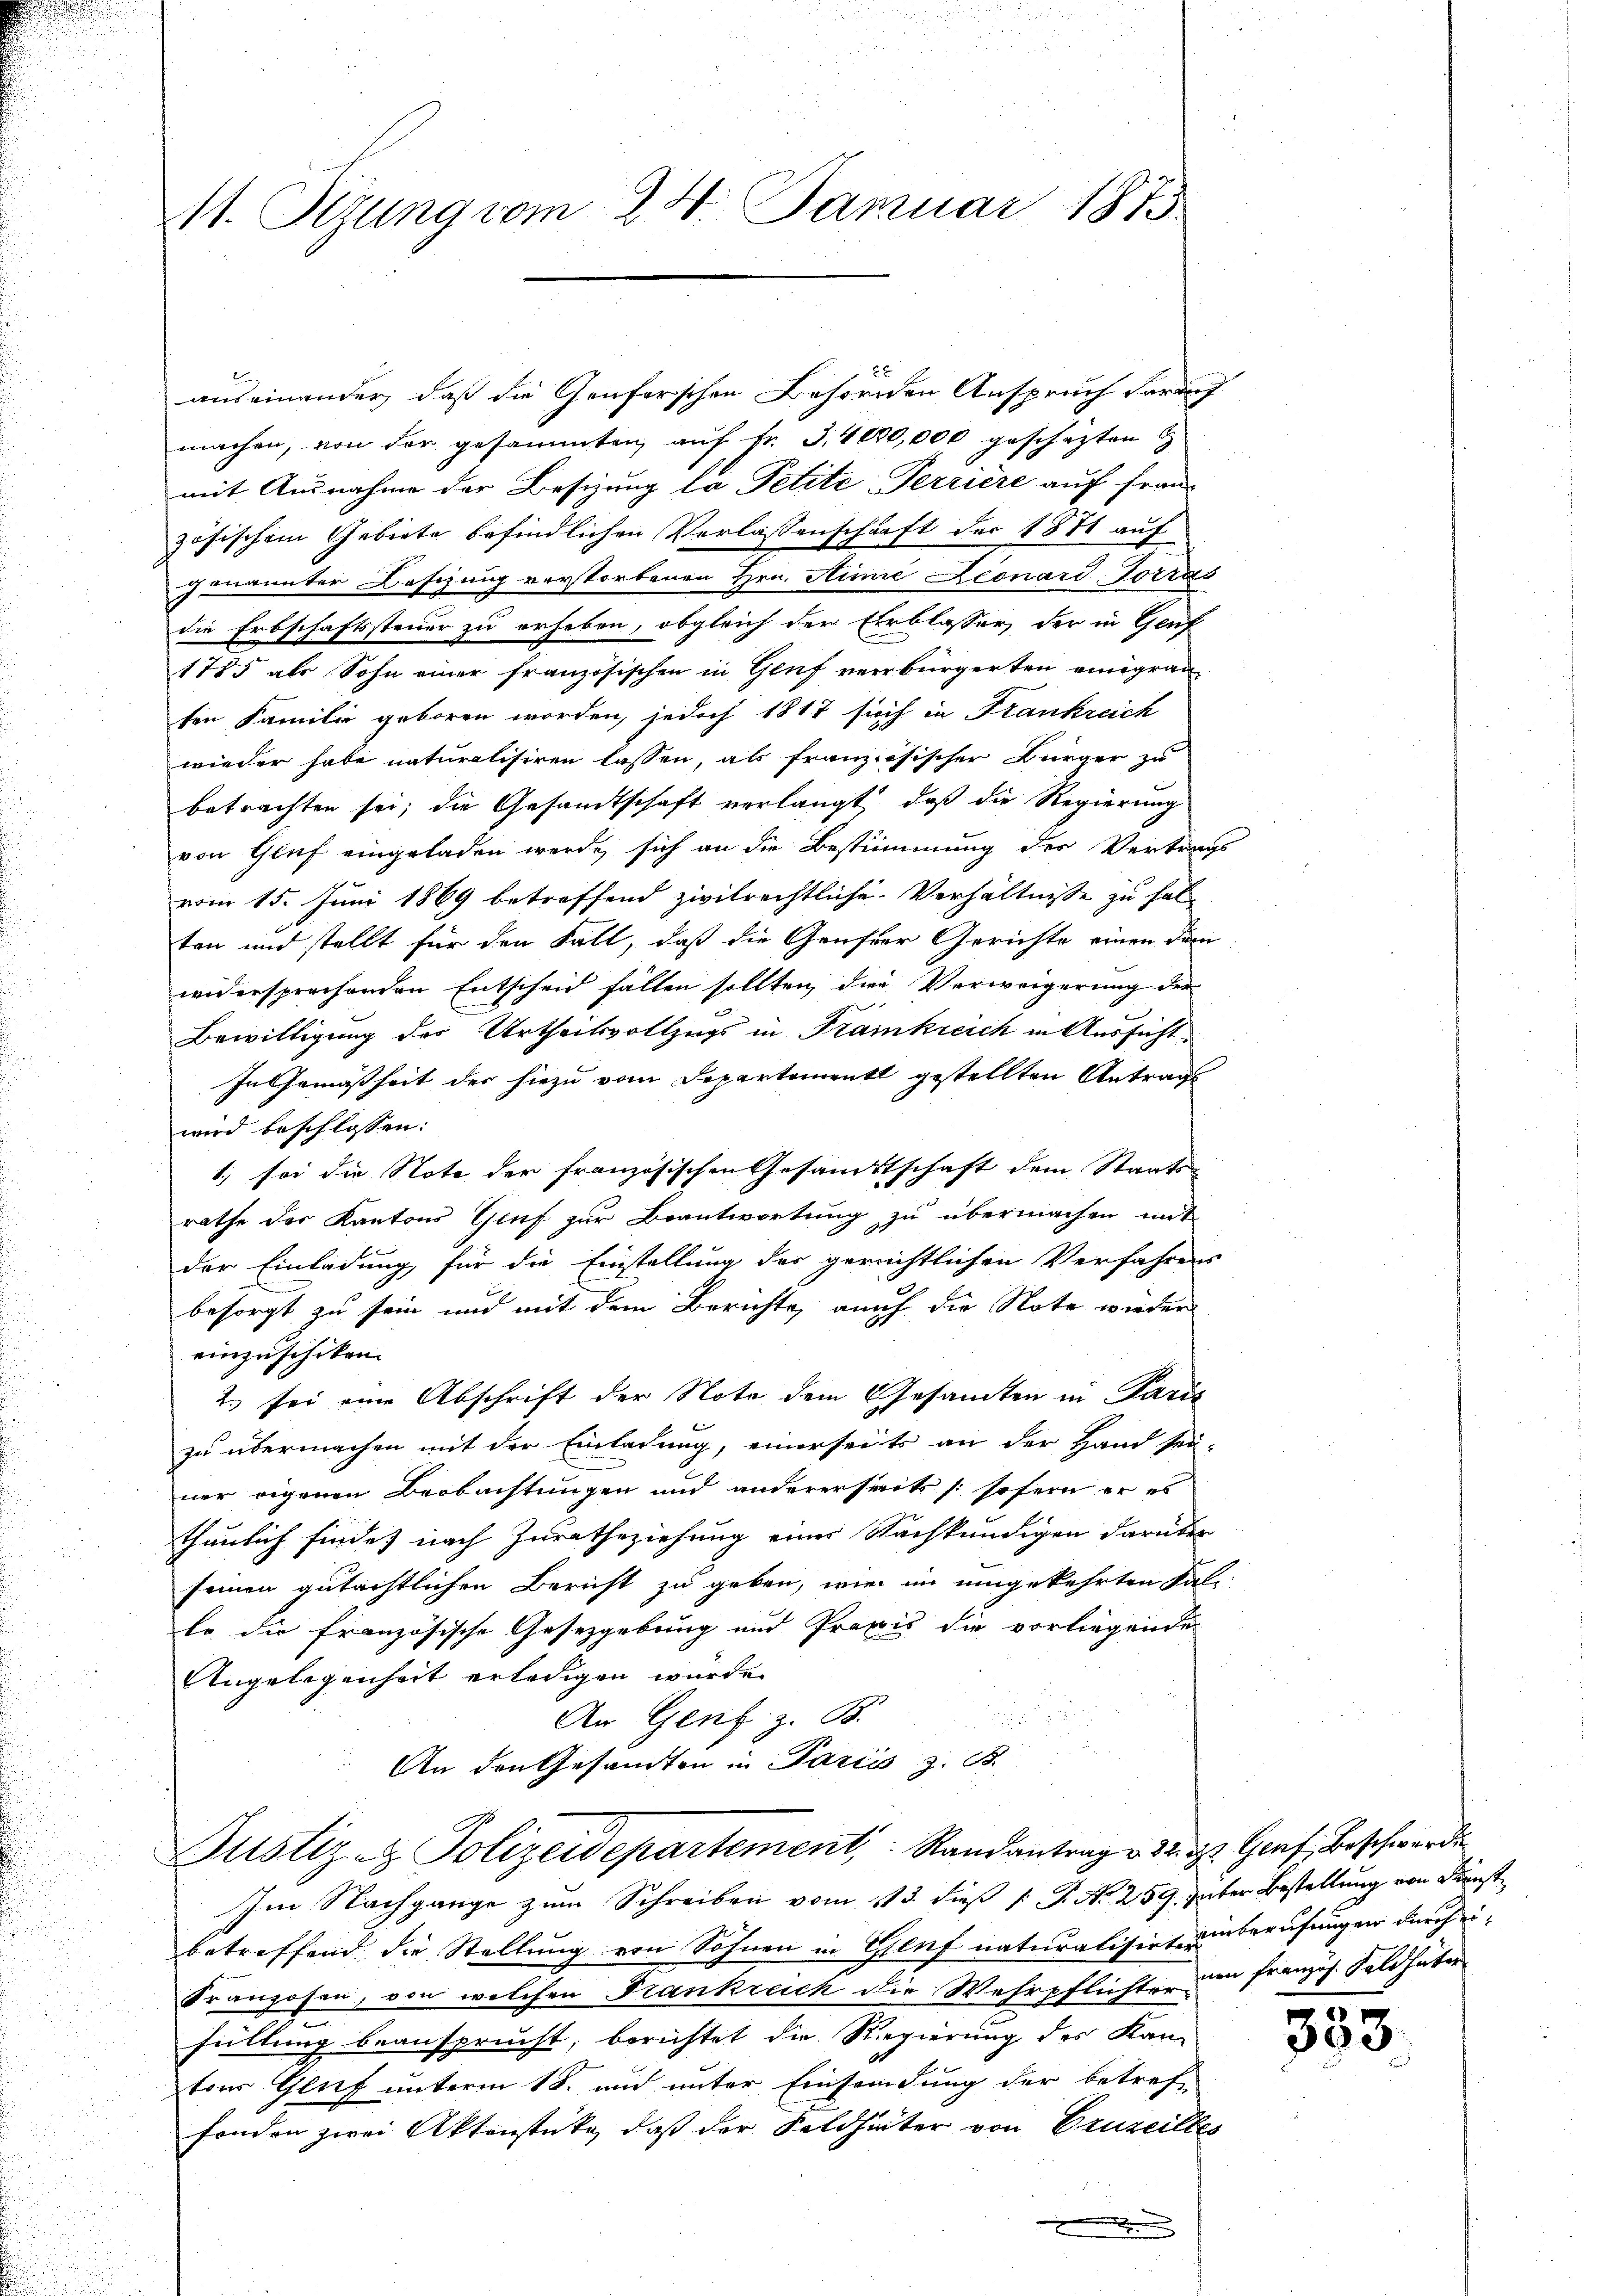
11. Setzung vom 24. Januar 1873

auseinander, daß die Genferschen Behörden Anspruch darauf
machen, von der gesammten auf Fr. 3, 4080,000 geschäzten
mit Ausnahme der Besizung la Petite-Terriere auf Franz
zösischem Gebiete befindlichen Verlassenschaft der 1871 auf
genannter Besizung verstorbenen Hrn. Rinie Leonard-Torras
die Erbschaftssteuer zu erheben, obgleich der Erblasser der in Genf
1785 als Sohn einer französischen in Genf verbürgerten einigran-
sen Familie geboren worden, jedoch 1817 sich in Frankreich
wieder habe naturalisiren lassen, als französischer Bürger zu
betrachten sei; die Gesandtschaft verlangt, daß die Regierung
von Gluf eingeladen werde, sich an die Bestimmung des Vertrags
vom 15. Juni 1869 betreffend zivilrechtliche Verhältnisse zu hal
ten und stellt für den Fall, daß die Genfer Gerichte einen den
widersprechenden Entscheid fällen sollten, die Verweigerung der
Bewilligung des Urtheilsvollzugs in Frankreich in Aussicht¬
In Gemäßheit der hiezu vom Departement gestellten Antrags
wird beschlossen:
1) sei die Note der französischen Gesandtschaft dem Staatsrathe der Kantons Genf zur Beantwortung zu übermachen mit
der Einladung für die Einstellung der gerichtlichen Verfahrens
besorgt zu sein und mit dem Berichte, auch die Note wieder
einzuschiken.
2. sei eine Abschrift der Note dem Gesamten in Paris
zu übermachen mit der Einladung, einerseits an der Hand sei-
ner eigenen Beobachtungen und andererseck (sofern er es
thunlich findet nach Zuratheziehung einer Nachkundigen darüber
seinen gutächtlichen Bericht zu geben, wie im umgekehrten Sal-
Er die französische Gesetzgebung und Praxis die vorliegende
Angelegenheit erledigen wurde.
An Genf z. B.
i
An den Gesandten in Pariss z. B.
Justiz- & Polizeidepartement, Randantrag v. 22. d. Graf Beschwerden

Im Nachgange zum Schreiben vom 113. dieß [ P. Nr. 259, unter Bestellung von Kunst
betreffend die Stellung von Sohnen in Genf naturalisirt einberufungen durch ei¬
Franzosen, von welchen Frankreich die Wehrpflichter zu französ. Feldhäter
füllung beansprucht, berichtet die Regierung des Kan-
ten Genf unterm 18. und unter Einsendung der betref-
fonden zwei Aktenstücke, daß der Seldheiter von Eruzeittes
.

333.